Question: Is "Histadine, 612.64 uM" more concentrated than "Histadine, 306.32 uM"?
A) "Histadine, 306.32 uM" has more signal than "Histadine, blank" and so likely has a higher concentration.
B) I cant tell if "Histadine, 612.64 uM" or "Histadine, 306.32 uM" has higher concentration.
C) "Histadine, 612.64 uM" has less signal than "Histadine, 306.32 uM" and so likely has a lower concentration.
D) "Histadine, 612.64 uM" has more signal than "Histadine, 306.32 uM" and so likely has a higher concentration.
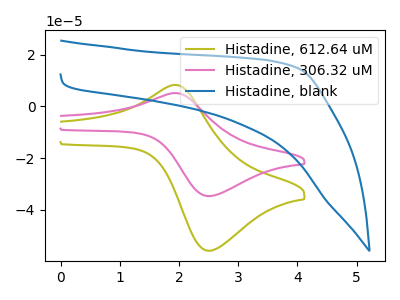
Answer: <think>The olive curve "Histadine, 612.64 uM" has an anodic peak at (1.90V, 8.30uA) and a cathodic peak at (2.50V, -55.80uA). The pink curve "Histadine, 306.32 uM" has an anodic peak at (1.90V, 5.15uA) and a cathodic peak at (2.50V, -34.70uA). The blue curve "Histadine, blank" has no peaks.
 All the peaks in "Histadine, 612.64 uM" have a peak in "Histadine, 306.32 uM" at the same potential. Every peak in "Histadine, 612.64 uM" is higher than every peak in "Histadine, 306.32 uM".</think>
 <answer>D) "Histadine, 612.64 uM" has more signal than "Histadine, 306.32 uM" and so likely has a higher concentration.</answer>
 <eval>D</eval>